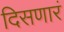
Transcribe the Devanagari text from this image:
दिसणारं